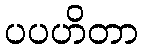
ပပဟိတာ